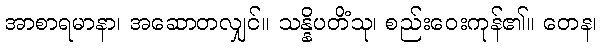
အာစာရမာနာ၊ အဆောတလျှင်။ သန္နိပတိံသု၊ စည်းဝေးကုန်၏။ တေန၊